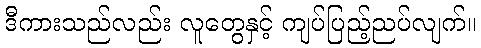
ဒီကားသည်လည်း လူတွေနှင့် ကျပ်ပြည့်ညပ်လျက်။